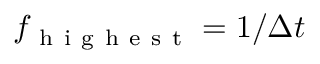
f _ { \mathrm { ~ h ~ i ~ g ~ h ~ e ~ s ~ t ~ } } = 1 / \Delta t